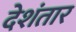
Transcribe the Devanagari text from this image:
देशंतार